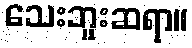
သေးဘူးဆရာ။